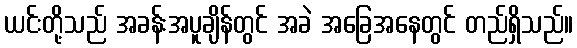
ယင်းတို့သည် အခန်းအပူချိန်တွင် အခဲ အခြေအနေတွင် တည်ရှိသည်။